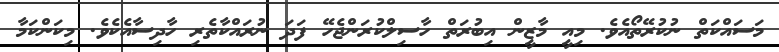
މަސައްކަތް ނުކުރޭތޯއެވެ. މިއީ މާޒީން އިބުރަތް ހާސިލްކުރަންޖެހޭ ފަދަ ނުރައްކާތެރި ހާދިސާއެކެވެ. މިކަންކަމާ